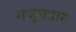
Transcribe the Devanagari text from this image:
मजुमदारः